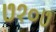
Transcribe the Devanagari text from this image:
७१०७